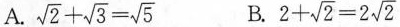
A. $$\sqrt{2}+\sqrt{3}=\sqrt{5}$$ B. $$2+\sqrt{2}=2\sqrt{2}$$